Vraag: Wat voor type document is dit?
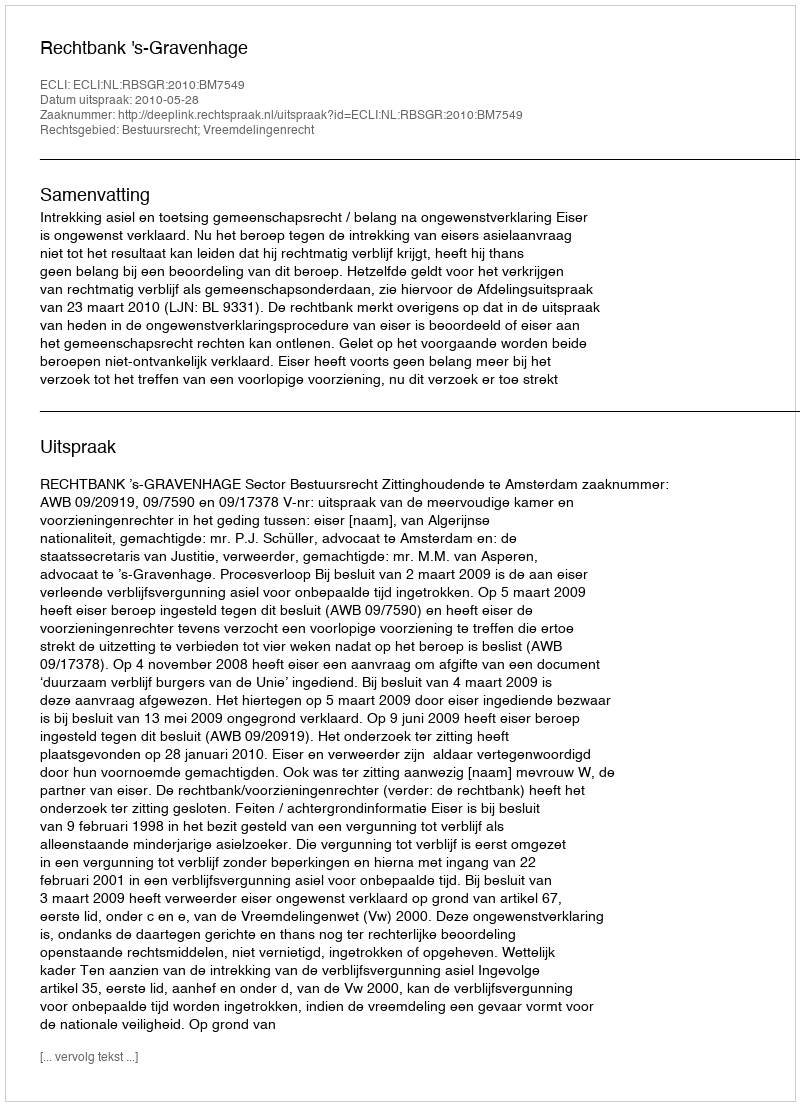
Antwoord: Uitspraak